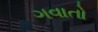
ગવાતો